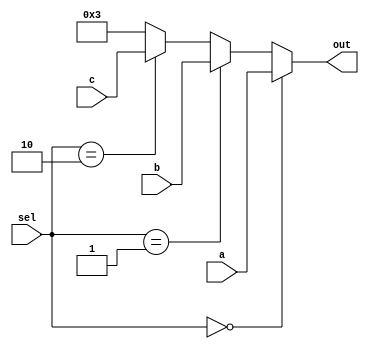
module mux3_1(a,b,c,sel,out);
  input [31:0]a,b,c;
  input [1:0]sel;
  output [31:0]out;
  assign out=(sel==2'b00)?a:(sel==2'b01)?b:(sel==2'b10)?c:2'b11;
endmodule